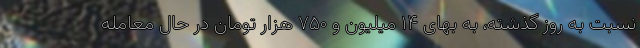
نسبت به روز گذشته، به بهای ۱۴ میلیون و ۷۵۰ هزار تومان در حال معامله